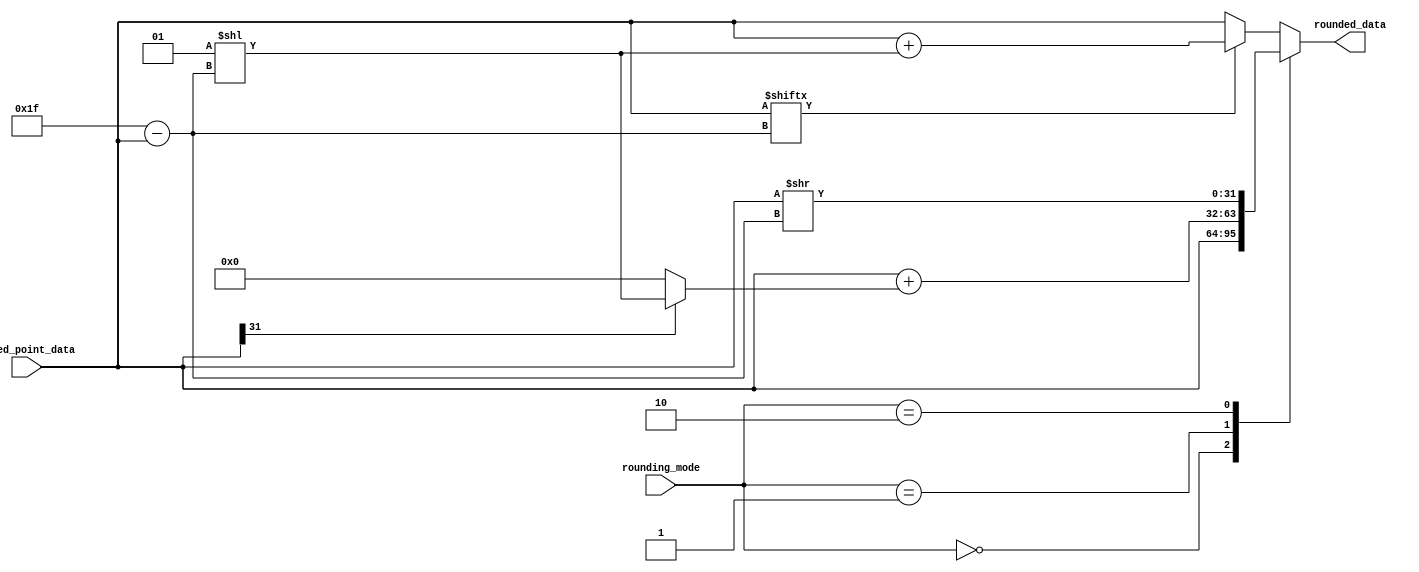
module fixed_point_rounding_unit (
    input signed [31:0] fixed_point_data,
    input [1:0] rounding_mode,
    output reg signed [31:0] rounded_data
);

always @* begin
    case(rounding_mode)
        2'b00: rounded_data = fixed_point_data; // No rounding
        2'b01: rounded_data = $signed(fixed_point_data + (fixed_point_data[31] ? (1 << (31-fixed_point_data[31:0])) : 0)); // Round up
        2'b10: rounded_data = $signed(fixed_point_data) >> (31-fixed_point_data[31:0]); // Round down
        default: // Round to nearest (default rounding mode)
            if(fixed_point_data[31-fixed_point_data[31:0]]) 
                rounded_data = $signed(fixed_point_data + (1 << (31-fixed_point_data[31:0])));
            else
                rounded_data = fixed_point_data;
    endcase
end

endmodule